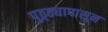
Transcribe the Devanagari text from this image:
पुठ्ठ्यापासून